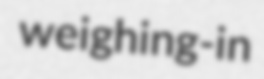
weighing-in